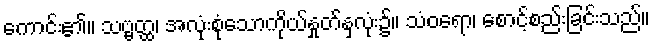
ကောင်း၏။ သဗ္ဗတ္ထ၊ အလုံးစုံသောကိုယ်နှုတ်နှလုံး၌။ သံဝရော၊ စောင့်စည်းခြင်းသည်။